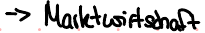
-> Marktwirtschaft